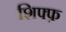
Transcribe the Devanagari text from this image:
शिफ्फ़